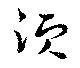
須